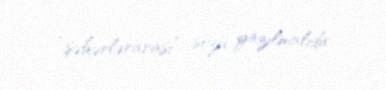
“şəhərlərarası” sözü yazılmalıdır.